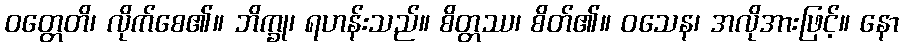
ဝတ္တေတိ၊ လိုက်စေ၏။ ဘိက္ခု၊ ရဟန်းသည်။ စိတ္တဿ၊ စိတ်၏။ ဝသေန၊ အလိုအားဖြင့်။ နော